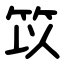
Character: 笖